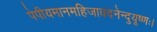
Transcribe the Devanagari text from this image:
पेपीयमानमहिजावदनेन्दुयूष्णः।